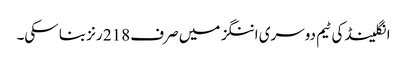
انگلینڈ کی ٹیم دوسری اننگز میں صرف 218 رنز بنا سکی۔